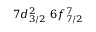
7 d _ { 3 / 2 } ^ { 2 } \, \, 6 f _ { 7 / 2 } ^ { 7 }